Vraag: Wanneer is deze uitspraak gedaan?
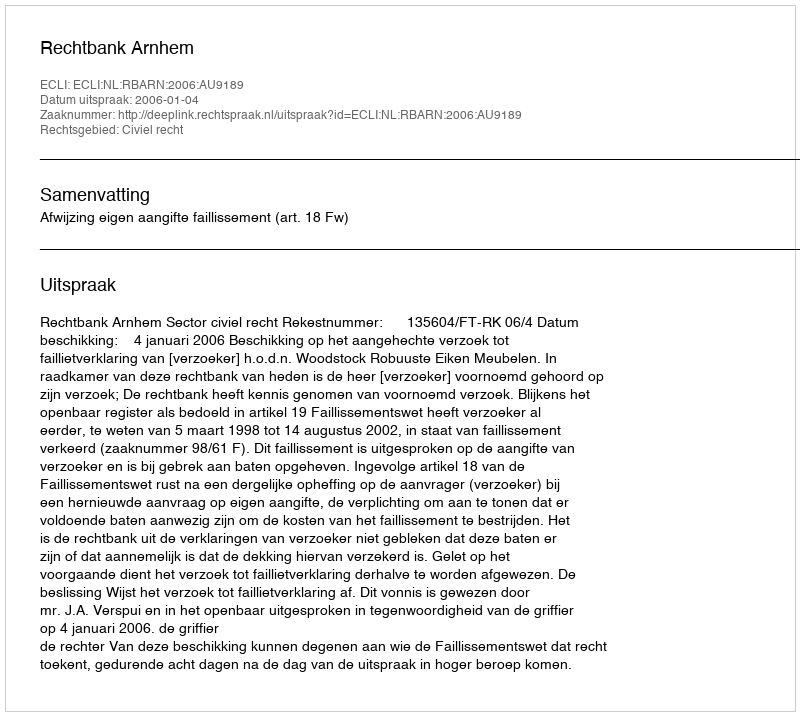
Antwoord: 2006-01-04